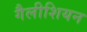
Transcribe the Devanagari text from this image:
गैलीशियन